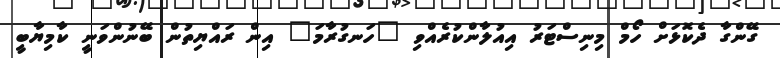
ގޭންގާ ދެކޮޅަށް ހޯމް މިނިސްޓަރު އިއުލާންކުރެއްވި "ހަނގުރާމަ" އިން ރައްޔިތުން ބޭނުންވަނީ ކާމިޔާބީ